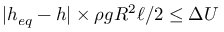
\lvert h _ { e q } - h \rvert \times \rho g R ^ { 2 } \ell / 2 \le \Delta U